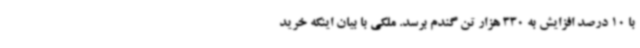
با 10 درصد افزایش به 330 هزار تن گندم برسد. ملکی با بیان اینکه خرید